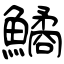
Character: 鱊